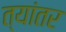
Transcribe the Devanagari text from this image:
त्यांतर